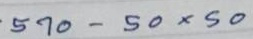
570 - 50x50